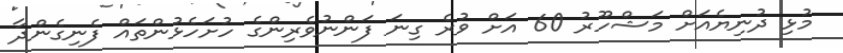
މުޅި ދުނިޔެއަށް މަޝްހޫރު 60 އަށް ވުރެ ގިނަ ފަންނުވެރިންގެ ހުށަހެޅުންތައް ފެނިގެންދާ